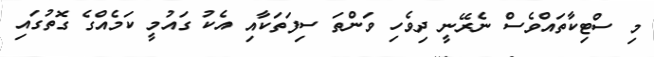
މި ސްޓިކާތައްވެސް ނެރޭނީ ދިވެހި ވަންތަ ސިފަތަކާއި އެކު ގައުމީ ކަމެއްގެ ގޮތުގައި